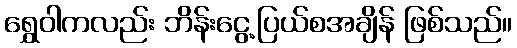
ရွှေဝါကလည်း ဘိန်းငွေ့ပြယ်စအချိန် ဖြစ်သည်။